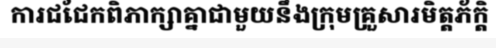
ការជជែកពិភាក្សាគ្នាជាមួយនឹងក្រុមគ្រួសារមិត្តភ័ក្តិ